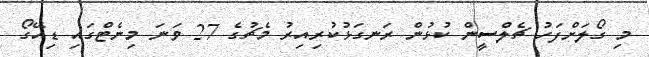
މި ގޯލަށްފަހު ޗެލްސީން ކުޅުން ރަނގަޅުކުރިއިރު މެޗުގެ 27 ވަނަ މިނެޓްގައި ޑިއޭގޯ